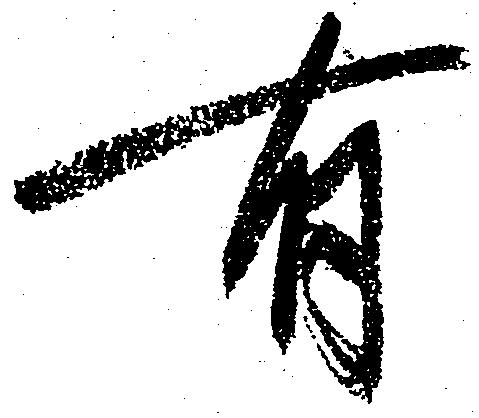
有